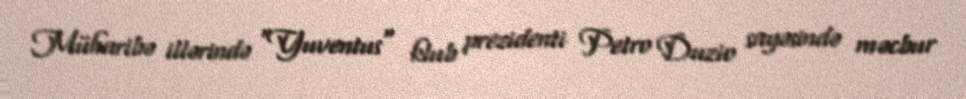
Müharibə illərində "Yuventus" klub prezidenti Petro Duzio sayəsində məcbur